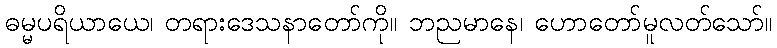
ဓမ္မပရိယာယေ၊ တရားဒေသနာတော်ကို။ ဘညမာနေ၊ ဟောတော်မူလတ်သော်။